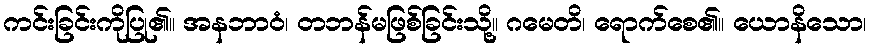
ကင်းခြင်းကိုပြု၏။ အနဘာဝံ၊ တဘန်မဖြစ်ခြင်းသို့။ ဂမေတိ၊ ရောက်စေ၏။ ယောနိသော၊